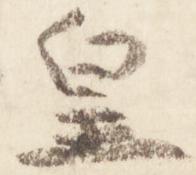
皇